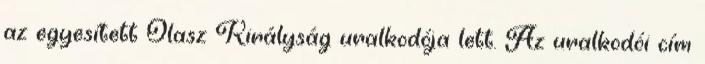
az egyesített Olasz Királyság uralkodója lett. Az uralkodói cím